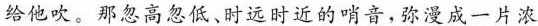
给他吹。那忽高忽低、时远时近的哨音，弥漫成一片浓